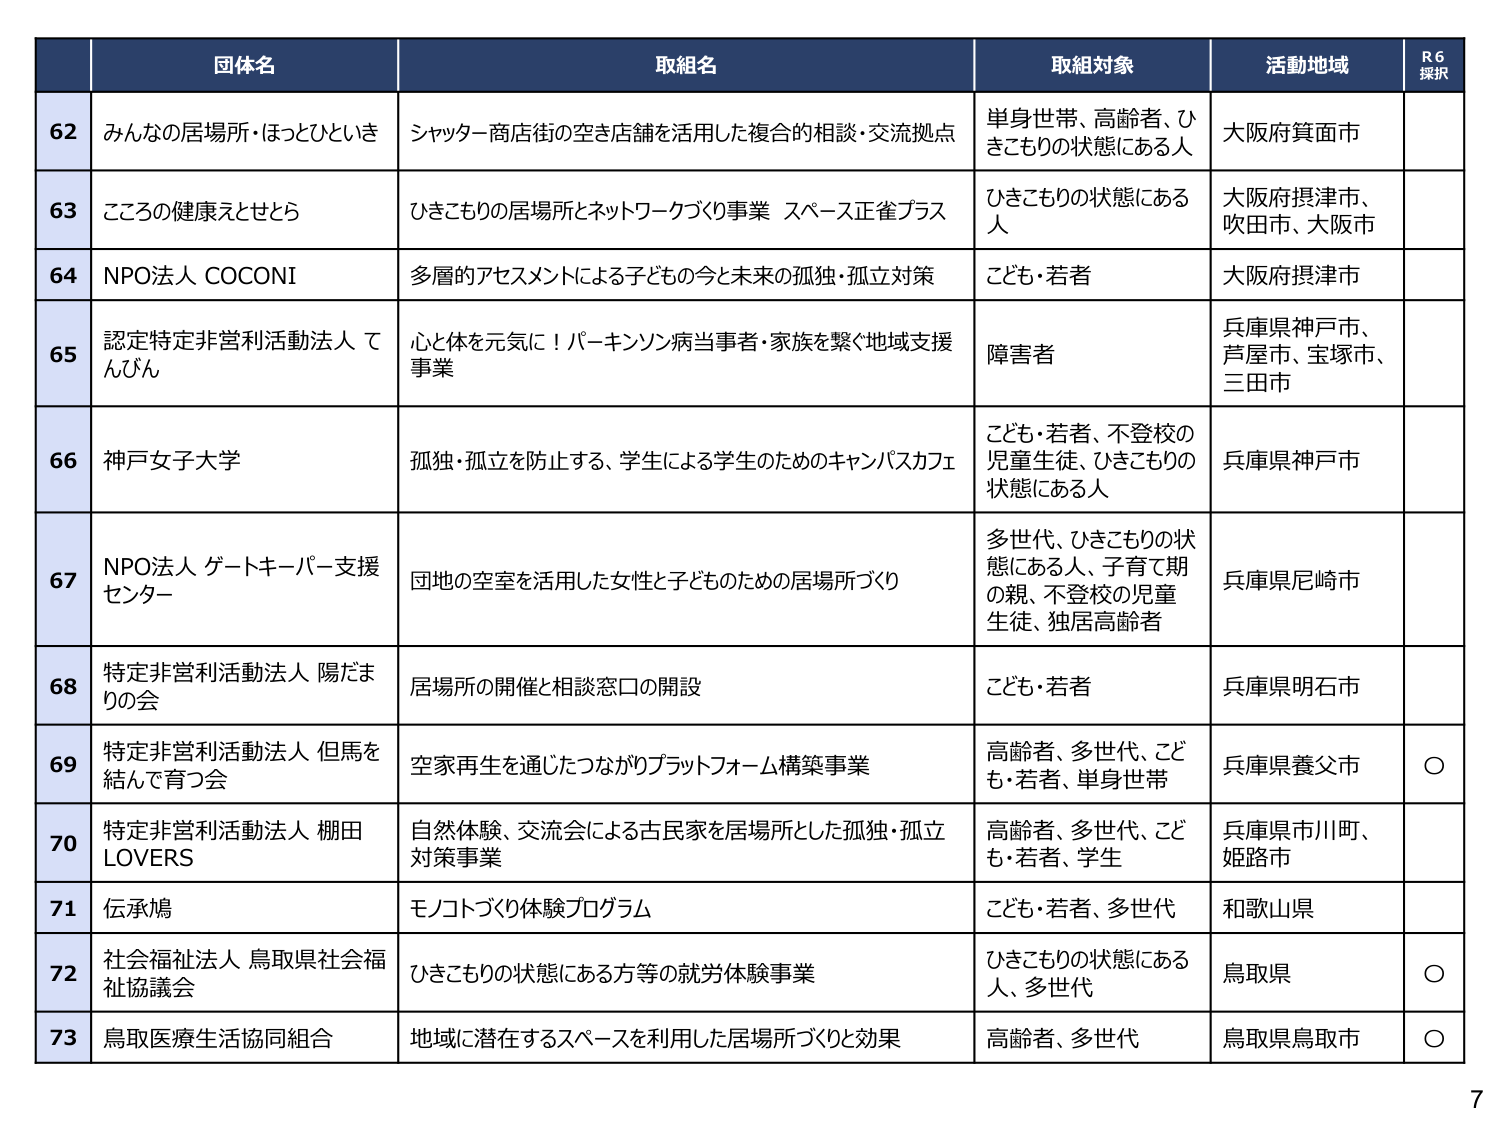
62 みんなの居場所・ほっとひといき シャッター商店街の空き店舗を活用した複合的相談・交流拠点 単身世帯、高齢者、ひきこもりの状態にある人 大阪府箕面市
63 こころの健康えとせとら ひきこもりの居場所とネットワークづくり事業 スペース正雀プラス ひきこもりの状態にある人 大阪府摂津市、吹田市、大阪市
64 NPO法人 COCONI 多層的アセスメントによる子どもの今と未来の孤独・孤立対策 こども・若者 大阪府摂津市
65 認定特定非営利活動法人 てんびん 心と体を元気に！パーキンソン病当事者・家族を繋ぐ地域支援事業 障害者 兵庫県神戸市、芦屋市、宝塚市、三田市
66 神戸女子大学 孤独・孤立を防止する、学生による学生のためのキャンパスカフェ こども・若者、不登校の児童生徒、ひきこもりの状態にある人 兵庫県神戸市
67 NPO法人 ゲートキーパー支援センター 団地の空室を活用した女性と子どものための居場所づくり 多世代、ひきこもりの状態にある人、子育て期の親、不登校の児童生徒、独居高齢者 兵庫県尼崎市
68 特定非営利活動法人 陽だまりの会 居場所の開催と相談窓口の開設 こども・若者 兵庫県明石市
69 特定非営利活動法人 但馬を結んで育つ会 空家再生を通じたつながりプラットフォーム構築事業 高齢者、多世代、こども・若者、単身世帯 兵庫県養父市 ○
70 特定非営利活動法人 棚田LOVERS 自然体験、交流会による古民家を居場所とした孤独・孤立対策事業 高齢者、多世代、こども・若者、学生 兵庫県市川町、姫路市
71 伝承鳩 モノコトづくり体験プログラム こども・若者、多世代 和歌山県
72 社会福祉法人 鳥取県社会福祉協議会 ひきこもりの状態にある方等の就労体験事業 ひきこもりの状態にある人、多世代 鳥取県 ○
73 鳥取医療生活協同組合 地域に潜在するスペースを利用した居場所づくりと効果 高齢者、多世代 鳥取県鳥取市 ○
R6 採択
7